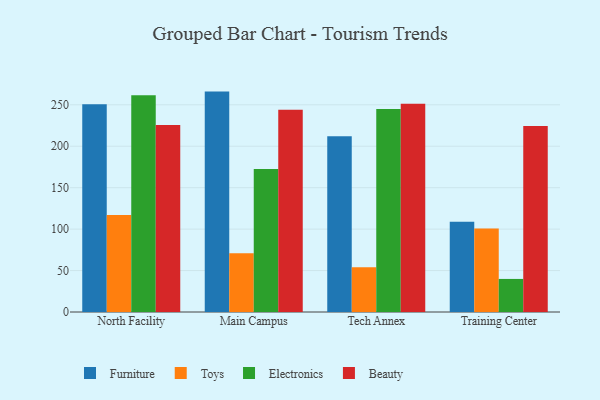
{"axis": {"x": "Campus", "y": "Demand Index"}, "legend": ["Beauty", "Electronics", "Furniture", "Toys"], "data": [{"x": "North Facility", "y": 250.5, "type": "Furniture"}, {"x": "North Facility", "y": 117.0, "type": "Toys"}, {"x": "North Facility", "y": 261.6, "type": "Electronics"}, {"x": "North Facility", "y": 225.5, "type": "Beauty"}, {"x": "Main Campus", "y": 265.9, "type": "Furniture"}, {"x": "Main Campus", "y": 70.8, "type": "Toys"}, {"x": "Main Campus", "y": 172.4, "type": "Electronics"}, {"x": "Main Campus", "y": 244.1, "type": "Beauty"}, {"x": "Tech Annex", "y": 211.9, "type": "Furniture"}, {"x": "Tech Annex", "y": 53.9, "type": "Toys"}, {"x": "Tech Annex", "y": 244.9, "type": "Electronics"}, {"x": "Tech Annex", "y": 251.3, "type": "Beauty"}, {"x": "Training Center", "y": 108.9, "type": "Furniture"}, {"x": "Training Center", "y": 100.7, "type": "Toys"}, {"x": "Training Center", "y": 39.9, "type": "Electronics"}, {"x": "Training Center", "y": 224.3, "type": "Beauty"}]}